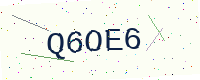
Text: Q6OE6